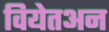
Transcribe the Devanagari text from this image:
वियेतअन